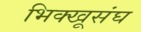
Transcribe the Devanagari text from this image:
भिक्खूसंघ